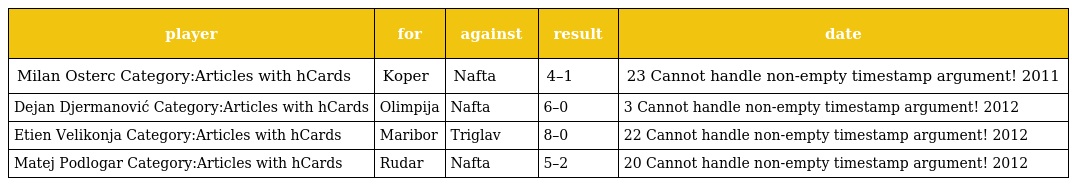
| player | for | against | result | date |
 | --- | --- | --- | --- | --- |
 | Milan Osterc Category:Articles with hCards | Koper | Nafta | 4–1 | 23 Cannot handle non-empty timestamp argument! 2011 |
 | Dejan Djermanović Category:Articles with hCards | Olimpija | Nafta | 6–0 | 3 Cannot handle non-empty timestamp argument! 2012 |
 | Etien Velikonja Category:Articles with hCards | Maribor | Triglav | 8–0 | 22 Cannot handle non-empty timestamp argument! 2012 |
 | Matej Podlogar Category:Articles with hCards | Rudar | Nafta | 5–2 | 20 Cannot handle non-empty timestamp argument! 2012 |